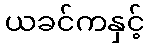
ယခင်ကနှင့်